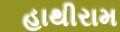
હાથીરામ